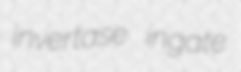
invertase ingate